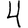
Digit: 4